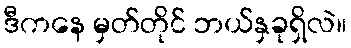
ဒီကနေ မှတ်တိုင် ဘယ်နှခုရှိလဲ။